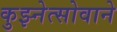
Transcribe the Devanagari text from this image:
कुझ्नेत्सोवाने